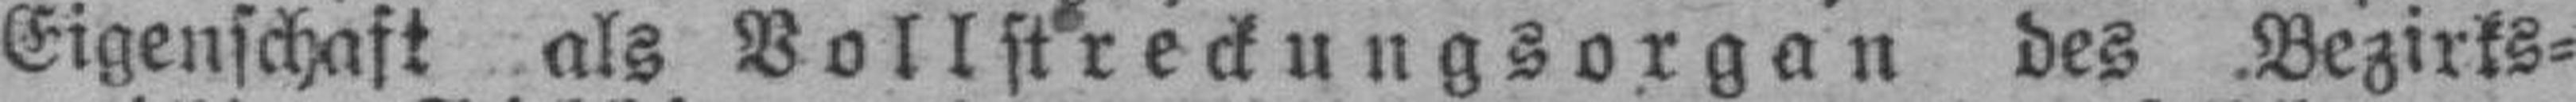
Eigenschaft als Vollstreckungsorgan des Bezirks¬